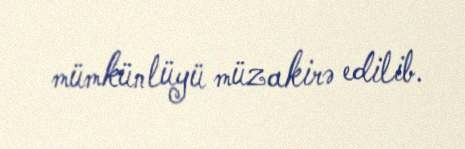
mümkünlüyü müzakirə edilib.